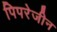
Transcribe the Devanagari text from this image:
पिपरेजीन